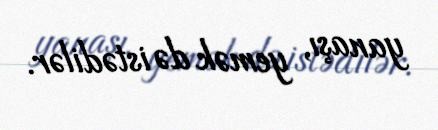
yanaşı, yemək də istədilər.